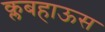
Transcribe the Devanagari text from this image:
क्लबहाऊस